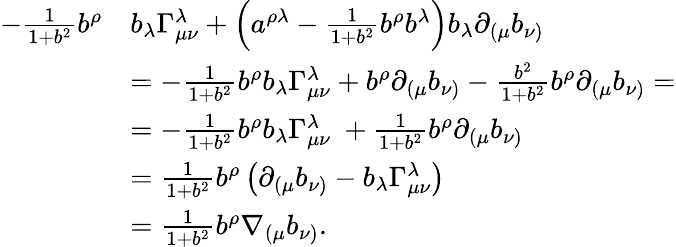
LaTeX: \begin{array}{rl}{-\frac{1}{1+b^{2}}b^{\rho}}&{b_{\lambda}\Gamma_{\mu\nu}^{\lambda}+\left(a^{\rho\lambda}-\frac{1}{1+b^{2}}b^{\rho}b^{\lambda}\right)b_{\lambda}\partial_{(\mu}b_{\nu)}}\\ &{=-\frac{1}{1+b^{2}}b^{\rho}b_{\lambda}\Gamma_{\mu\nu}^{\lambda}+b^{\rho}\partial_{(\mu}b_{\nu)}-\frac{b^{2}}{1+b^{2}}b^{\rho}\partial_{(\mu}b_{\nu)}=}\\ &{=-\frac{1}{1+b^{2}}b^{\rho}b_{\lambda}\Gamma_{\mu\nu}^{\lambda}\ +\frac{1}{1+b^{2}}b^{\rho}\partial_{(\mu}b_{\nu)}}\\ &{=\frac{1}{1+b^{2}}b^{\rho}\left(\partial_{(\mu}b_{\nu)}-b_{\lambda}\Gamma_{\mu\nu}^{\lambda}\right)}\\ &{=\frac{1}{1+b^{2}}b^{\rho}\nabla_{(\mu}b_{\nu)}.}\end{array}